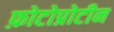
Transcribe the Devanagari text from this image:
फ़ोटोप्रोटीन